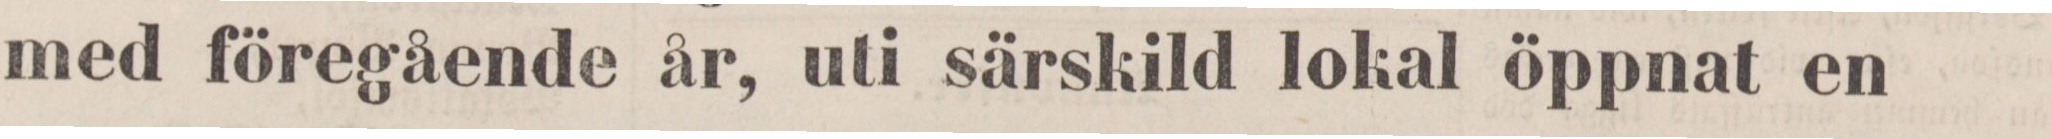
med föregående år, uti särskild lokal öppnat en